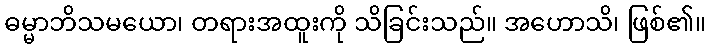
ဓမ္မာဘိသမယော၊ တရားအထူးကို သိခြင်းသည်။ အဟောသိ၊ ဖြစ်၏။